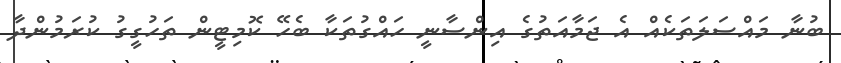
ބުނާ މައްސަލަތަކެއް އެ ޖަމާއަތުގެ އިންސާނީ ހައްގުތަކާ ބެހޭ ކޮމިޓީން ތަހުގީގު ކުރަމުންދާ